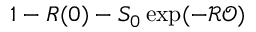
1 - R ( 0 ) - S _ { 0 } \exp ( - \mathcal { R } \mathcal { O } )